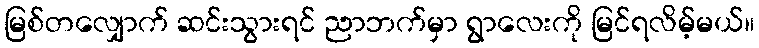
မြစ်တလျှောက် ဆင်းသွားရင် ညာဘက်မှာ ရွာလေးကို မြင်ရလိမ့်မယ်။